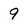
Character: 9